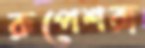
রূপেশরা